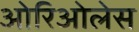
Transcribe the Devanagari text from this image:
ओरिओलेस